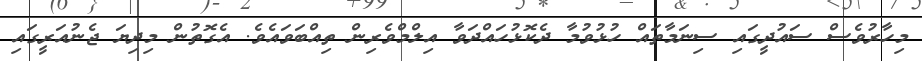
މިހާރުވެސް ސައުދީގައި ސިނަމާތައް ހުޅުވުމާ ދެކޮޅުހައްދަވާ އިލްމްވެރިން ތިއްބަވައެވެ. އެގޮތުން މިދިޔަ ޖެނުއަރީގައި